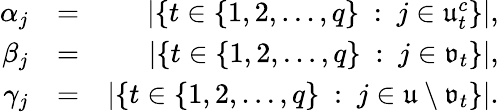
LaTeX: \begin{array}{rlr}{\alpha_{j}}&{=}&{|\{ t\in\{ 1,2,\ldots,q\} \ :\ j\in\mathfrak{u}_{t}^{c}\} |,}\\ {\beta_{j}}&{=}&{|\{ t\in\{ 1,2,\ldots,q\} \ :\ j\in\mathfrak{v}_{t}\} |,}\\ {\gamma_{j}}&{=}&{|\{ t\in\{ 1,2,\ldots,q\} \ :\ j\in\mathfrak{u}\setminus\mathfrak{v}_{t}\} |.}\end{array}